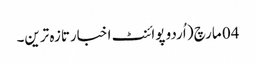
04 مارچ ( اُردو پوائنٹ اخبارتازہ ترین۔